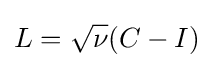
L={\sqrt {\nu }}(C-I)